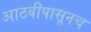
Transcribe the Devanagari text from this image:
आठवीपासूनच